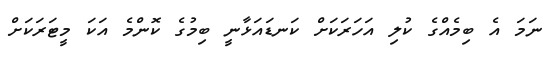
ނަމަ އެ ބިމެއްގެ ކުލި އަހަރަކަށް ކަނޑައަޅާނީ ބިމުގެ ކޮންމެ އަކަ މީޓަރަކަށް